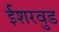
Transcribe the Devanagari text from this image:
ईशरवुड